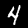
Label: 4